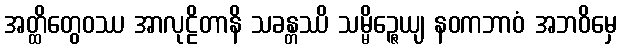
အတ္ထိတွေဝဿ အာလုဠိတာနိ သခန္တဿိ သမ္မိဉ္ဇေယျ နဝကဘာဝံ အဘဝိမှေ